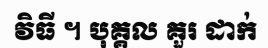
វិធី ។ បុគ្គល គួរ ដាក់